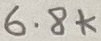
Text: 6.8k